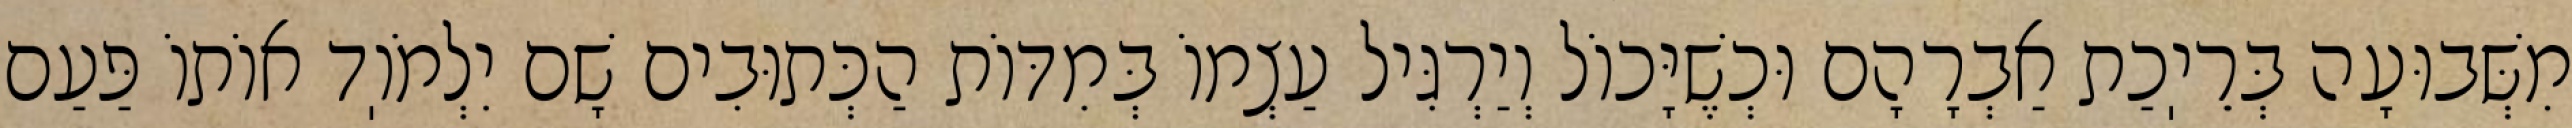
מִשְּׁבוּעָה בְּרֵיֽכַת אַבְרָהָם וּכְשֶׁיָּכוֹל וְיַרְגִּיל עַצְמוֹ בְּמִדּוֹת הַכְּתוּבִים שָׁם יִלְמֹוֽד אוֹתוֹ פַּעַם